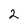
Character: 2